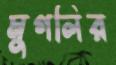
মুগলির